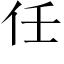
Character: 荏